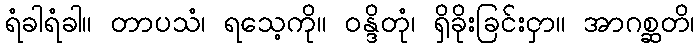
ရံခါရံခါ။ တာပသံ၊ ရသေ့ကို။ ဝန္ဒိတုံ၊ ရှိခိုးခြင်းငှာ။ အာဂစ္ဆတိ၊